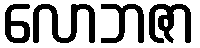
လောဘဇာ